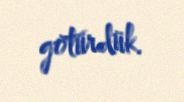
götürdük.